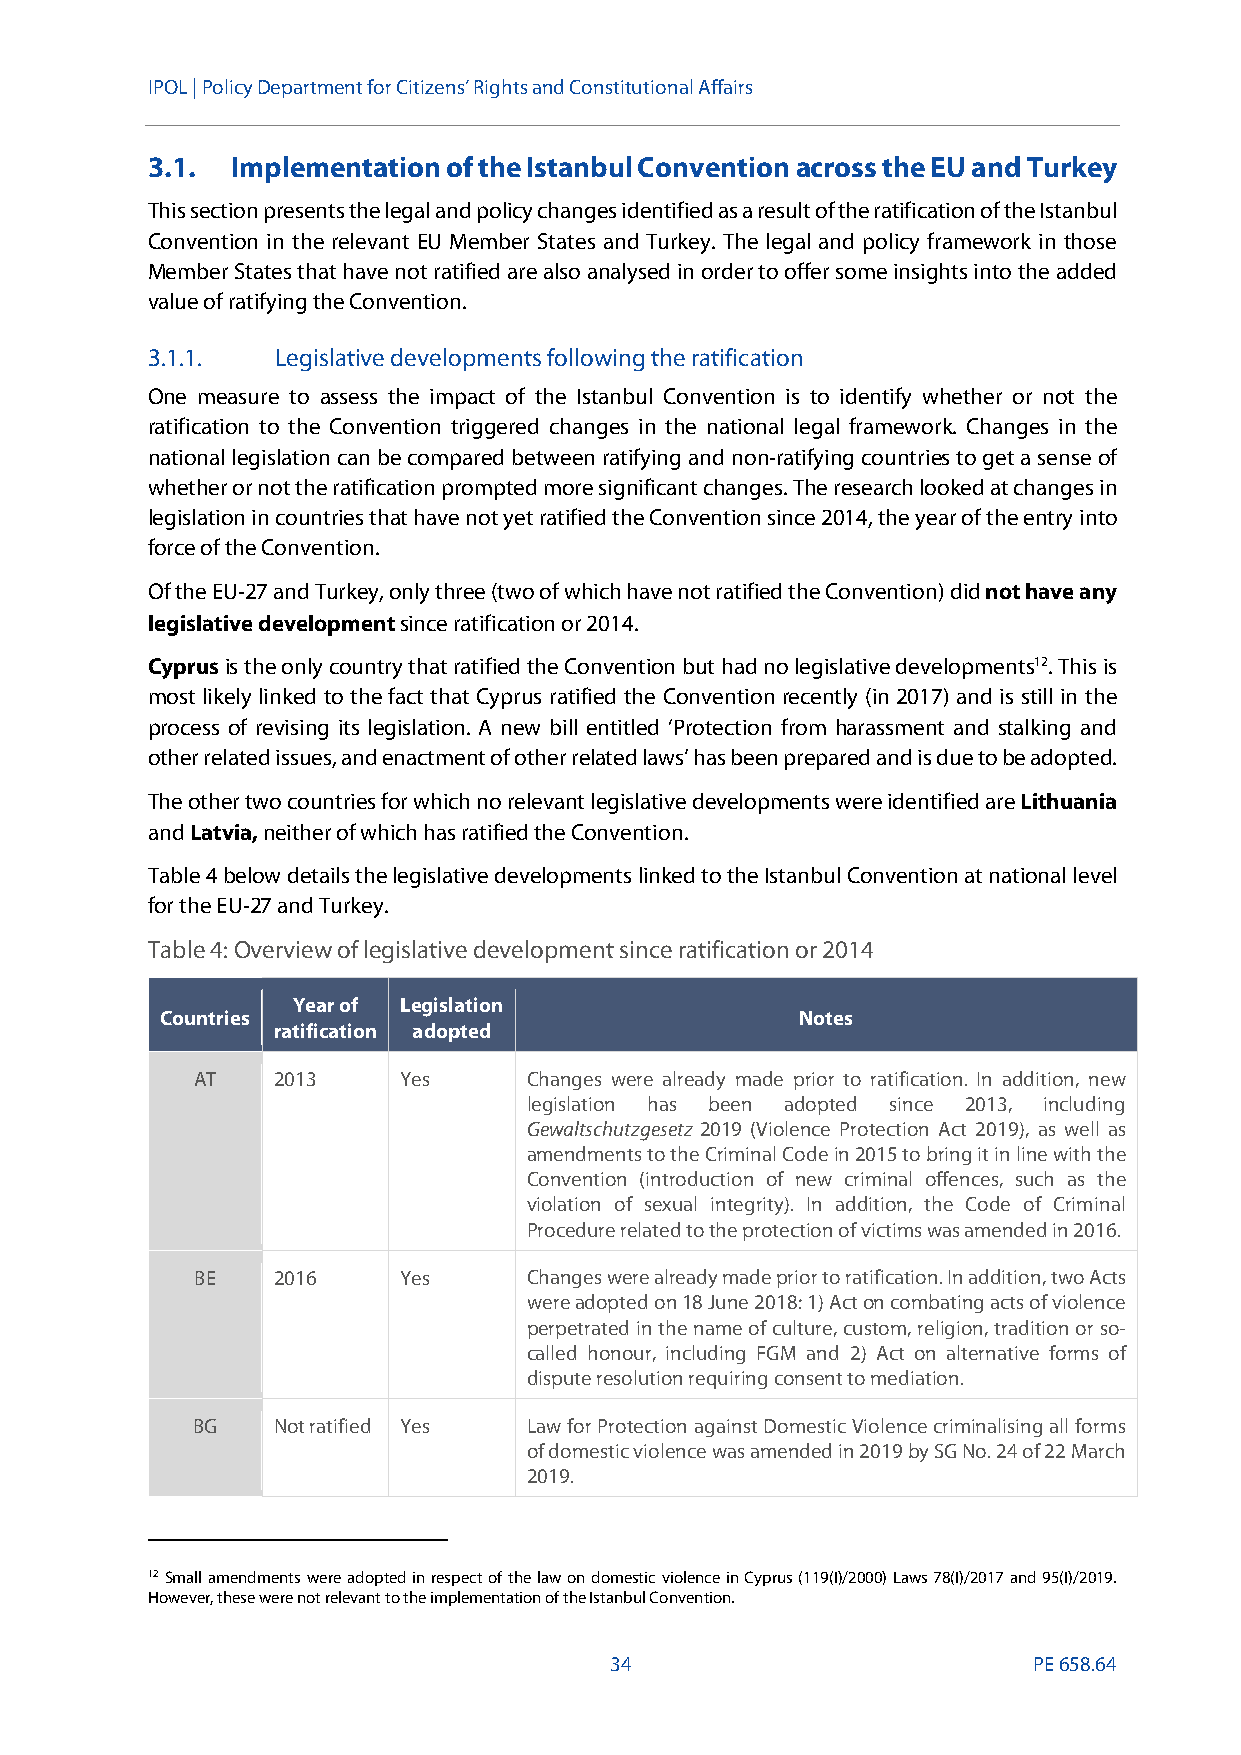
IPOL |Policy Department for Citizens’ Rights and Constitutional Affairs
 3.1. Implementation of the Istanbul Conventionacross the EU and Turkey
 This section presents the legal and policy changes identified as a result ofthe ratification of the Istanbul
 Convention in the relevant EU Member States and Turkey. The legal and policy framework in those
 Member States that have not ratified are also analysed in order to offer some insights into the added
 value of ratifying the Convention.
 3.1.1.  Legislative developmentsfollowing the ratification
 One measure to assess the impact of the Istanbul Convention is to identify whether or not the
 ratification to the Convention triggered changes in the national legal framework. Changes in the
 national legislation can be compared between ratifying and non-ratifying countries to get a sense of
 whether or not the ratification prompted more significant changes. The research looked at changes in
 legislation in countries that have not yet ratified the Convention since 2014, the year of the entry into
 force of the Convention.
 Ofthe EU-27 and Turkey, only three (two of which have not ratified the Convention) didnot have any
 legislative developmentsince ratification or 2014.
 Cyprusis the only country that ratified the Convention but had no legislative developments12. This is
 most likely linked to the fact that Cyprus ratified the Conventionrecently (in 2017) and is still in the
 process of revising its legislation. A new bill entitled ‘Protection from harassment and stalking and
 other related issues, and enactment of other related laws’ has been prepared and isdue tobe adopted.
 The other two countries for which no relevant legislative developments were identified areLithuania
 andLatvia,neither of which has ratified the Convention.
 Table4below details the legislative developments linked to the Istanbul Convention at national level
 for the EU-27 and Turkey.
 Table4:Overview of legislative development since ratification or 2014
 Year of Legislation
 Countries                                 Notes
 ratification adopted
 AT   2013    Yes      Changes were already made prior to ratification. In addition, new
 legislation has been adopted since 2013, including
 Gewaltschutzgesetz 2019 (Violence Protection Act 2019), as well as
 amendments to the Criminal Codein 2015 to bring it in line with the
 Convention (introduction of new criminal offences, such as the
 violation of sexual integrity). In addition, the Code of Criminal
 Procedure related to the protection of victims was amended in 2016.
 BE   2016    Yes      Changes were already made prior to ratification. In addition,twoActs
 wereadopted on18 June 2018:1)Acton combating acts of violence
 perpetrated in the name of culture, custom, religion, tradition or so-
 called honour, including FGM and 2) Act on alternative forms of
 dispute resolution requiring consent to mediation.
 BG   Not ratified Yes Law for Protection against Domestic Violencecriminalising all forms
 of domestic violence was amended in 2019by SG No. 24 of 22 March
 2019.
 12Small amendments were adopted in respect of the law on domestic violence in Cyprus (119(I)/2000) Laws 78(I)/2017 and 95(I)/2019.
 However, these were not relevant to the implementation of the Istanbul Convention.
 34                          PE658.64